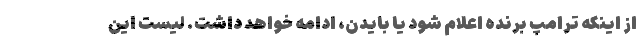
از اینکه ‌ترامپ برنده اعلام شود یا بایدن، ادامه خواهد داشت. لیست این